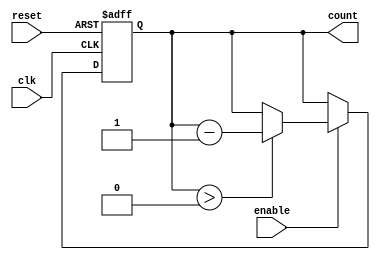
module down_counter (
    input wire clk,         // Clock input
    input wire enable,      // Enable signal to decrement count
    input wire reset,       // Asynchronous reset signal
    output reg [3:0] count  // 4-bit count output
);

    parameter MAX_COUNT = 4'b1111; // Maximum count value (15)

    // Asynchronous reset behavior
    always @(posedge clk or posedge reset) begin
        if (reset) begin
            count <= MAX_COUNT; // Reset the counter to maximum value
        end else if (enable) begin
            if (count > 0) begin
                count <= count - 1; // Decrement the count
            end
            // Optionally, you can handle overflow to wrap around if needed:
            // else begin
            //     count <= MAX_COUNT; // Wrap to maximum if underflow occurs
            // end
        end
        // If enable is low, count retains its current value
    end

endmodule